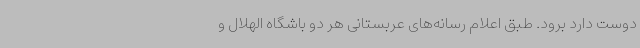
دوست دارد برود. طبق اعلام رسانه‌های عربستانی هر دو باشگاه الهلال و